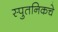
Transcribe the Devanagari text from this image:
स्पुतनिकचे